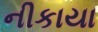
નીકાયા